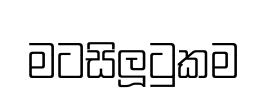
මටසිලූටුකම